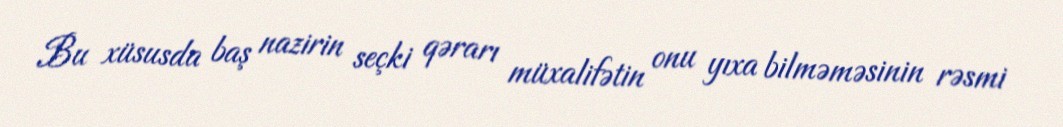
Bu xüsusda baş nazirin seçki qərarı müxalifətin onu yıxa bilməməsinin rəsmi